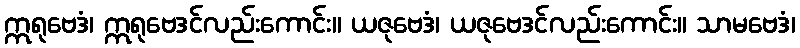
ဣရုဗေဒံ၊ ဣရုဗေဒင်လည်းကောင်း။ ယဇုဗေဒံ၊ ယဇုဗေဒင်လည်းကောင်း။ သာမဗေဒံ၊